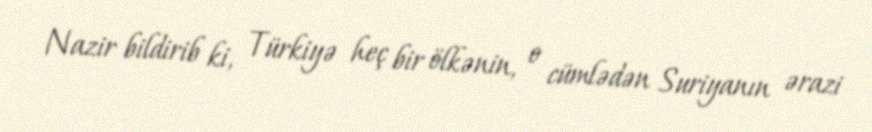
Nazir bildirib ki, Türkiyə heç bir ölkənin, o cümlədən Suriyanın ərazi